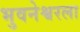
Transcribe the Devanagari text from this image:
भुवनेश्वरला